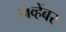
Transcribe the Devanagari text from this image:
नव्हेंबर